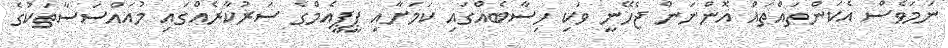
ނަމަވެސް އެކަންތައްތައް އޮންނަން ޖެހޭނީ ވަކި ހިސާބެއްގައި ކަމަށާއި ޕީޕީއެމްގެ ސަރުކާރެއްގައި މުއައްސަސާތަކުގެ